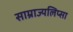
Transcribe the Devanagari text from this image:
साम्राज्यलिप्सा